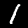
Digit: 1